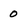
Character: 0